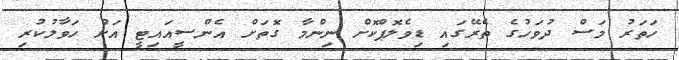
ހަތަރު މަސް ދުވަހުގެ ތެރޭގައި ޑިވެލޮޕްކޮށް ނިންމާ ގޮތަށް އެންސީއައިޓީ އަށް ހަވާލުކުރި